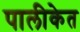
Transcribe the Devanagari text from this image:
पालीकेत